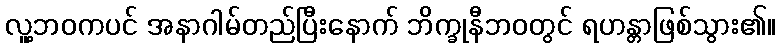
လူ့ဘဝကပင် အနာဂါမ်တည်ပြီးနောက် ဘိက္ခုနီဘဝတွင် ရဟန္တာဖြစ်သွား၏။